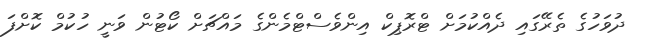
ދުވަހުގެ ތެރޭގައި ދެއްކުމަށް ޓްރޮޕިކް އިންވެސްޓްމެންގެ މައްޗަށް ކޯޓުން ވަނީ ހުކުމް ކޮށްފަ